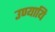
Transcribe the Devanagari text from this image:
उण्यायि